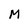
Character: M